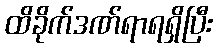
ထိခိုက်ဒဏ်ရာရရှိပြီး